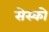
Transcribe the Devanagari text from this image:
सेस्को